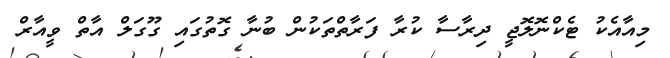
މިއާއެކު ޓެކްނޮލޮޖީ ދިރާސާ ކުރާ ފަރާތްތަކުން ބުނާ ގޮތުގައި ގޫގަލް އާތް ވީއާރް